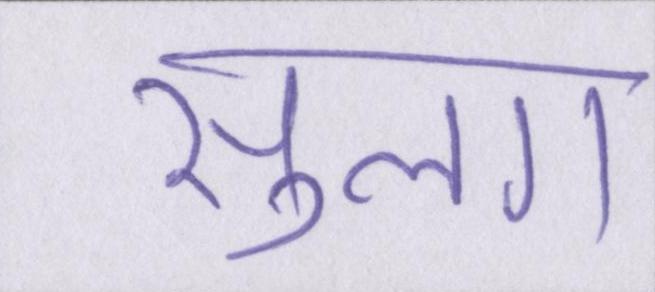
सुलग